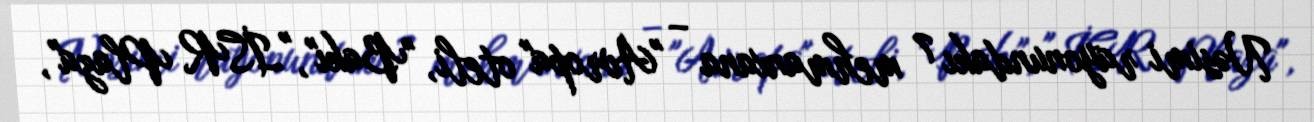
Nəsimi rayonundakı 7 mehmanxana – "Avropa" oteli, "Bakı", "İSR Plaza",